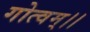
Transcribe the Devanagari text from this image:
गोत्वम्।।